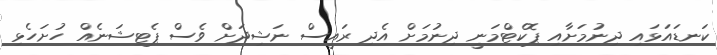
ކަނޑައަޅައި ދިނުމަށާއި ޕޮކެޓްމަނީ ދިނުމަށް އެދި ރައީސް ނަޝިދަށް ވެސް ޕެޓިޝަނެއް ހުށަހެޅި